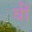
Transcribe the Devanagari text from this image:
वीं